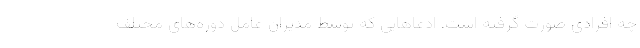
چه افرادی صورت گرفته است. ادعاهایی که توسط مدیران عامل دوره‌های مختلف